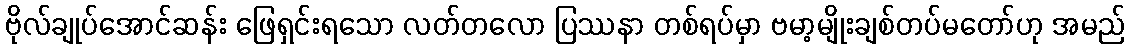
ဗိုလ်ချုပ်အောင်ဆန်း ဖြေရှင်းရသော လတ်တလော ပြဿနာ တစ်ရပ်မှာ ဗမာ့မျိုးချစ်တပ်မတော်ဟု အမည်